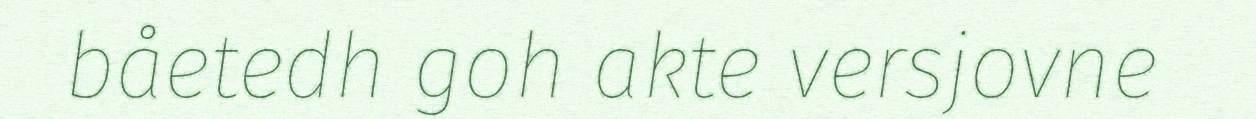
båetedh goh akte versjovne